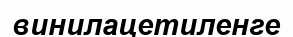
винилацетиленге